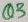
Text: Q3